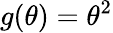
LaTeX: g(\theta)=\theta^{2}